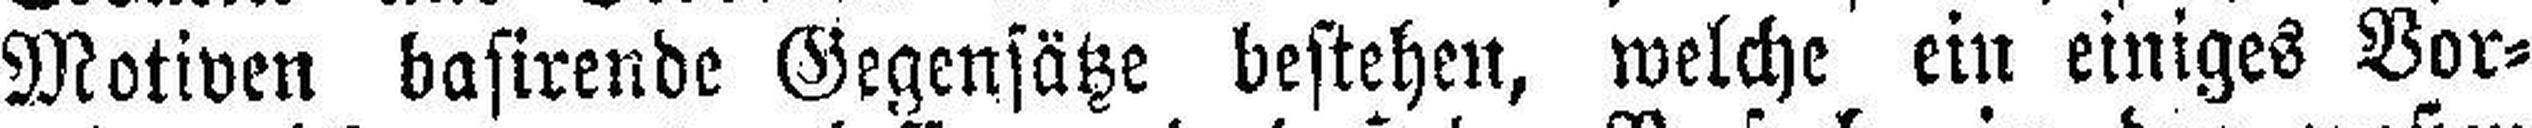
Motiven basirende Gegensätze bestehen, welche ein einiges Vor¬